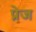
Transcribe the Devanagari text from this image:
प्रेज